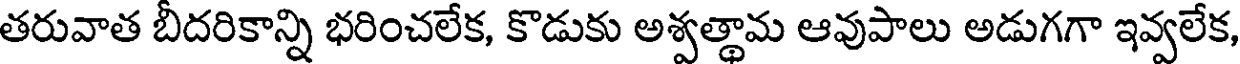
తరువాత బీదరికాన్ని భరించలేక, కొడుకు అశ్వత్థామ ఆవుపాలు అడుగగా ఇవ్వలేక,